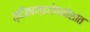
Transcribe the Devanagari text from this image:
त्रिकाण्डशेषकोशात